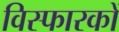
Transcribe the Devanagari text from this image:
विस्फारकों